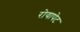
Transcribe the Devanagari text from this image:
रोयापेट